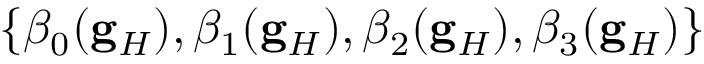
\{ \beta _ { 0 } ( \mathbf { g } _ { H } ) , \beta _ { 1 } ( \mathbf { g } _ { H } ) , \beta _ { 2 } ( \mathbf { g } _ { H } ) , \beta _ { 3 } ( \mathbf { g } _ { H } ) \}